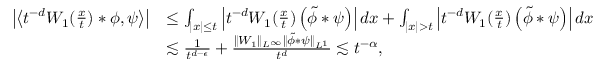
\begin{array} { r l } { \left| \left< t ^ { - d } W _ { 1 } ( \frac { x } { t } ) \ast \phi , \psi \right> \right| } & { \leq \int _ { | x | \leq t } \left| t ^ { - d } W _ { 1 } ( \frac { x } { t } ) \left( \Tilde { \phi } \ast \psi \right) \right| d x + \int _ { | x | > t } \left| t ^ { - d } W _ { 1 } ( \frac { x } { t } ) \left( \Tilde { \phi } \ast \psi \right) \right| d x } \\ & { \lesssim \frac { 1 } { t ^ { d - \epsilon } } + \frac { \| W _ { 1 } \| _ { L ^ { \infty } } \| \Tilde { \phi } \ast \psi \| _ { L ^ { 1 } } } { t ^ { d } } \lesssim t ^ { - \alpha } , } \end{array}